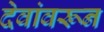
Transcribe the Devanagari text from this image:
देवांवरून